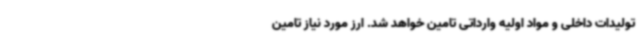
تولیدات داخلی و مواد اولیه وارداتی تامین خواهد شد. ارز مورد نیاز تامین